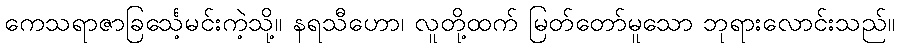
ကေသရာဇာခြင်္သေ့မင်းကဲ့သို့။ နရသီဟော၊ လူတို့ထက် မြတ်တော်မူသော ဘုရားလောင်းသည်။